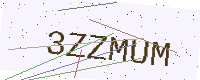
Text: 3ZZMUM